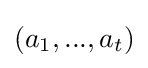
(a_{1},...,a_{t})